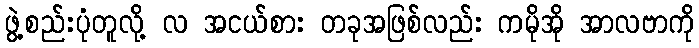
ဖွဲ့စည်းပုံတူလို့ လ အငယ်စား တခုအဖြစ်လည်း ကမိုအို အာလဗာကို